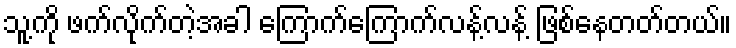
သူ့ကို ဖက်လိုက်တဲ့အခါ ကြောက်ကြောက်လန့်လန့် ဖြစ်နေတတ်တယ်။